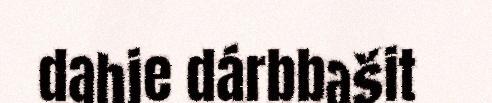
dahje dárbbašit